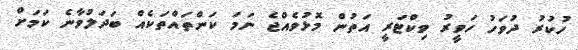
ހުކުރު ދުވަހު ހަވީރު ވިކްޓަރީ އަތުން މޮޅުވެއްޖެ ނަމަ ކަންތައްތަކެއް ބަދަލުވާނެ ކަމަށް